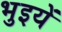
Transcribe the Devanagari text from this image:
भुइयें